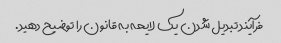
فرآیند تبدیل شدن یک لایحه به قانون را توضیح دهید.